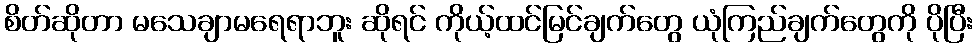
စိတ်ဆိုတာ မသေချာမရေရာဘူး ဆိုရင် ကိုယ့်ထင်မြင်ချက်တွေ ယုံကြည်ချက်တွေကို ပိုပြီး